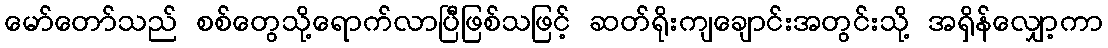
မော်တော်သည် စစ်တွေသို့ရောက်လာပြီဖြစ်သဖြင့် ဆတ်ရိုးကျချောင်းအတွင်းသို့ အရှိန်လျှော့ကာ